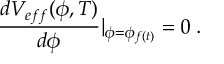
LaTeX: \frac { d V _ { e f f } ( \phi , T ) } { d \phi } | _ { \phi = \phi _ { f ( t ) } } = 0 \: .